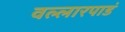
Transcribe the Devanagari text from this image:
वल्लारपाडं